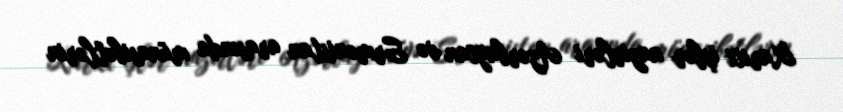
Xarici işlər nazirləri Azərbaycan və Ermənistan arasında münasibətlərin